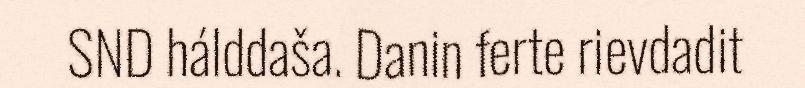
SND hálddaša. Danin ferte rievdadit